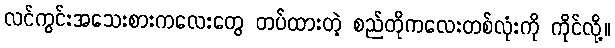
လင်ကွင်းအသေးစားကလေးတွေ တပ်ထားတဲ့ စည်တိုကလေးတစ်လုံးကို ကိုင်လို့။